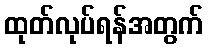
ထုတ်လုပ်ရန်အတွက်